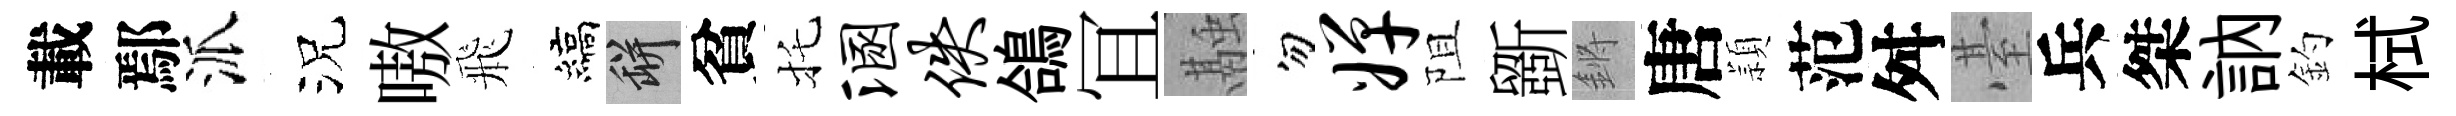
載鄢派況嗷飛縞瓶貧托溷佚鴿冝融勿婵阻斵鏘唐頴范舛䑓兵桀訥釣栻